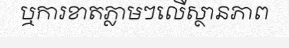
ឬការខាតភ្លាមៗលើស្ថានភាព